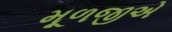
મૂળજીએ